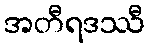
အတီရဒဿီ